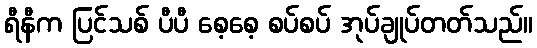
ရီနီက ပြင်သစ် ပီပီ စေ့စေ့ စပ်စပ် အုပ်ချုပ်တတ်သည်။